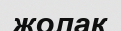
жолақ